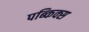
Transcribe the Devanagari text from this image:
पब्किक्स